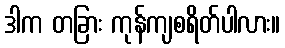
ဒါက တခြား ကုန်ကျစရိတ်ပါလား။